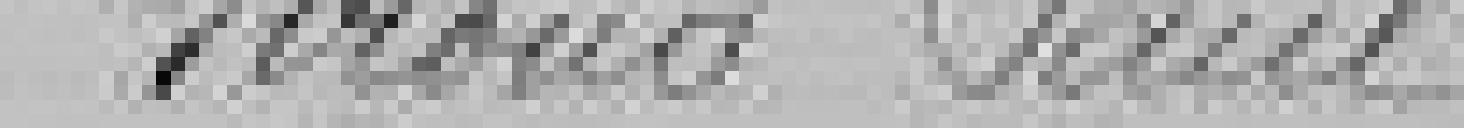
Giroud Paul